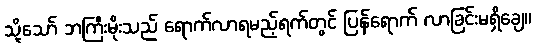
သို့သော် ဘကြီးမိုးသည် ရောက်လာရမည့်ရက်တွင် ပြန်ရောက် လာခြင်းမရှိချေ။